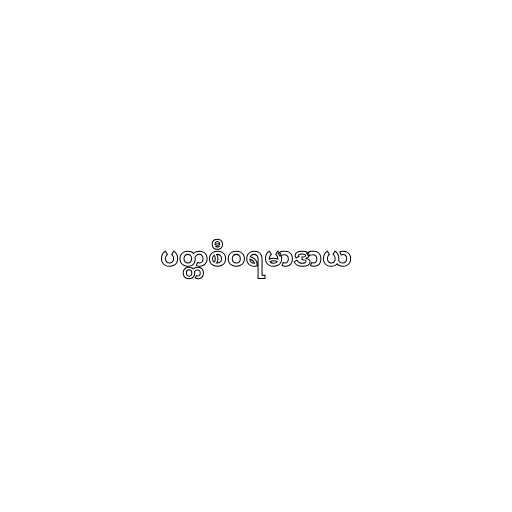
ပတ္တစီဝရမာဒာယ